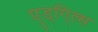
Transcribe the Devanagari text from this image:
ए्ड्गि्ल्स